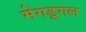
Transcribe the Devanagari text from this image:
मेगडूगल